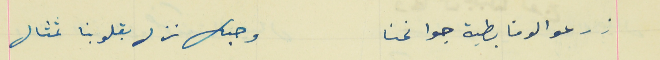
زرعو الوفا بطية جوانحنا                                            وحبك نزل بقلوبنا تمثال